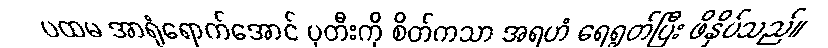
ပထမ အာရုံရောက်အောင် ပုတီးကို စိတ်ကသာ အရဟံ ရေရွတ်ပြီး ဖိနှိပ်သည်။